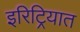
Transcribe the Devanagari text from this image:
इरिट्रियात